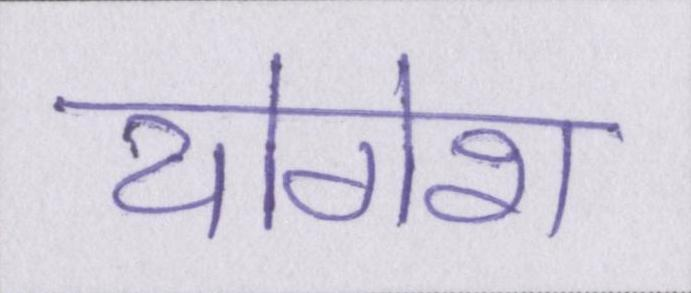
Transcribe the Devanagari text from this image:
योगेश